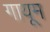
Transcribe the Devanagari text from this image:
गायूम